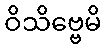
ဝိသိဗ္ဗေမိ